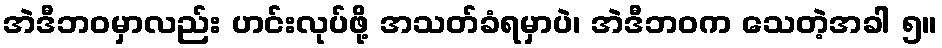
အဲဒီဘဝမှာလည်း ဟင်းလုပ်ဖို့ အသတ်ခံရမှာပဲ၊ အဲဒီဘဝက သေတဲ့အခါ ၅။